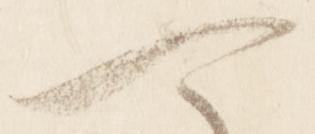
可